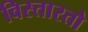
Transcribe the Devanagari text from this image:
विस्तारतो